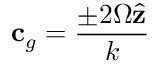
\mathbf { c } _ { g } = \frac { \pm 2 \Omega \hat { \mathbf { z } } } { k }